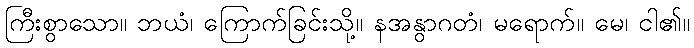
ကြီးစွာသော။ ဘယံ၊ ကြောက်ခြင်းသို့။ နအနွာဂတံ၊ မရောက်။ မေ၊ ငါ၏။